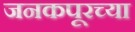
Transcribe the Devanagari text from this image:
जनकपूरच्या